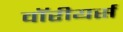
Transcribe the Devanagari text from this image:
वॉरीयर्स